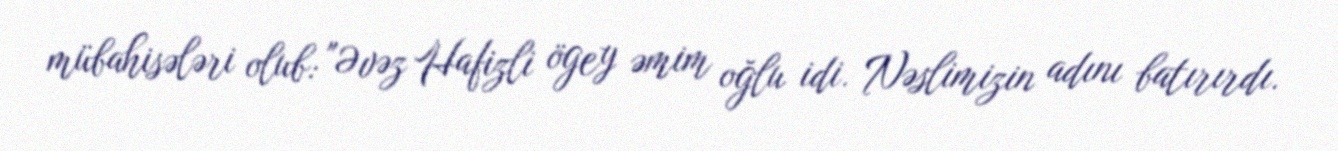
mübahisələri olub: "Əvəz Hafizli ögey əmim oğlu idi. Nəslimizin adını batırırdı.